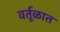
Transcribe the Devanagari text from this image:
वर्तूळात